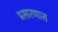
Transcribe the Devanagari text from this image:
प्रसारणास